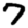
Digit: 7